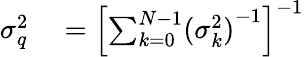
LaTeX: \begin{array}{rl}{\sigma_{q}^{2}}&{{}=\left[\sum_{k=0}^{N-1}({\sigma_{k}^{2})}^{-1}\right]^{-1}}\end{array}